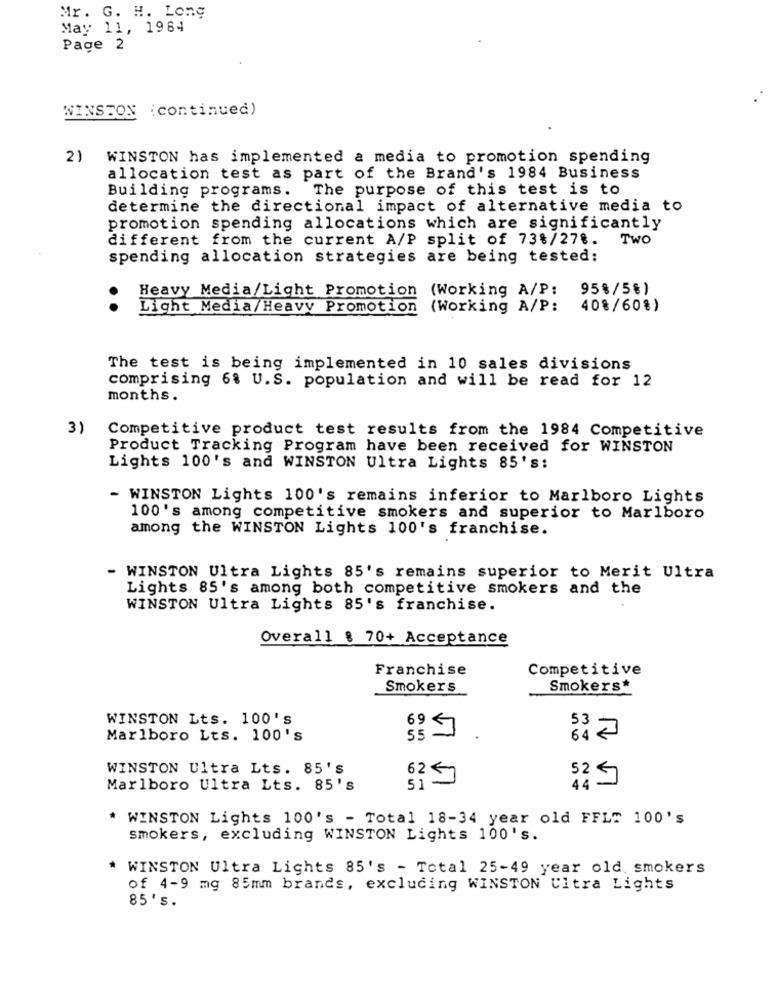
Mr. G. H. Long
May 11, 1984
Page 2
WINSTON (continued)
2)
WINSTON has implemented a media to promotion spending
allocation test as part of the Brand's 1984 Business
Building programs. The purpose of this test is to
determine the directional impact of alternative media to
promotion spending allocations which are significantly
different from the current A/P split of 73%/278.
TWO
spending allocation strategies are being tested:
Heavy Media/Light Promotion (Working A/P:
95%/58)
Light Media/Heavy Promotion (Working A/P:
408/60%)
The test is being implemented in 10 sales divisions
comprising 6% U.S. population and will be read for 12
months.
3)
Competitive product test results from the 1984 Competitive
Product Tracking Program have been received for WINSTON
Lights 100's and WINSTON Ultra Lights 85's:
- WINSTON Lights 100's remains inferior to Marlboro Lights
100's among competitive smokers and superior to Marlboro
among the WINSTON Lights 100's franchise.
- WINSTON Ultra Lights 85's remains superior to Merit Ultra
Lights 85's among both competitive smokers and the
WINSTON Ultra Lights 85's franchise.
Overall 8 70+ Acceptance
Franchise
Competitive
Smokers
Smokers*
WINSTON Lts. 100's
Marlboro Lts. 100's
64 2
WINSTON Ultra Lts. 85's
6247
Marlboro Ultra Lts. 85's
51
54
* WINSTON Lights 100's - Total 18-34 year old FFL" 100's
smokers, excluding WINSTON Lights 100's.
* WINSTON Ultra Lights 85's - Total 25-49 year old. smokers
of 4-9 mg 85mm brands, excluding WINSTON Ultra Lights
85' s.